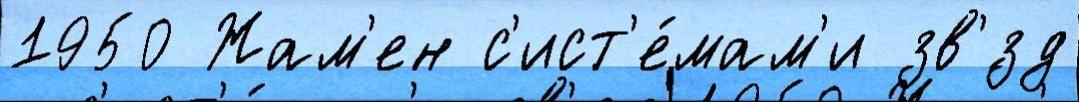
1950 Жам'ен с'ист'е́мам'и зв'́зд